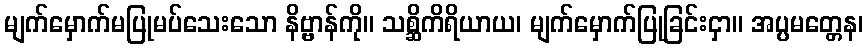
မျက်မှောက်မပြုမပ်သေးသော နိဗ္ဗာန်ကို။ သစ္ဆိကိရိယာယ၊ မျက်မှောက်ပြုခြင်းငှာ။ အပ္ပမတ္တေန၊